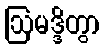
ဩမဒ္ဒိတွာ